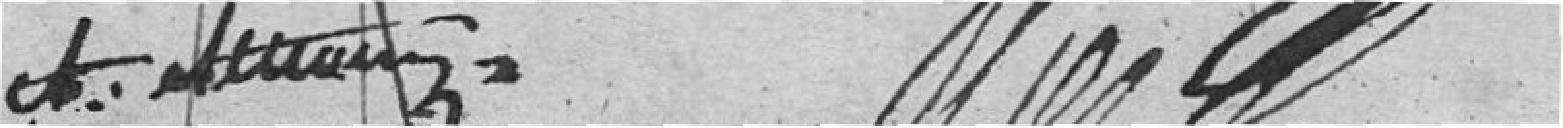
??????          ????????